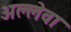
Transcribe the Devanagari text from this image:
अल्लेवा